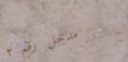
مدخل رقم ٢